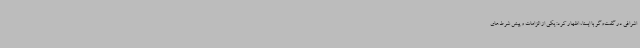
اشرافی در گفت‌وگو با ایسنا، اظهار کرد: یکی از الزامات و پیش شرط‌های